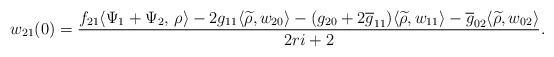
\begin{align*}w_{21}(0)=\frac{f_{21}\langle \Psi_{1}+\Psi_{2}, \,\rho\rangle-2g_{11}\langle \widetilde{\rho}, w_{20}\rangle-(g_{20}+2\overline{g}_{11})\langle \widetilde{\rho},w_{11}\rangle -\overline{g}_{02}\langle \widetilde{\rho},w_{02}\rangle }{2r i +2}.\end{align*}